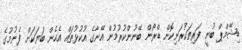
ޑިޝޭމްޕް ބުނީ ފަރިތަކުރަނިކޮށް ޑްރޯން ބޭނުންކުރުމުން އޭނާގެ އުކުޅުތައް އެހެން ބަޔަކަށް ފެނުމުގެ